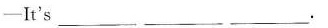
——It's___ ___ ___.